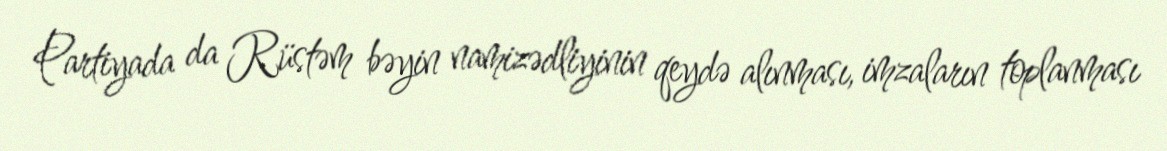
Partiyada da Rüstəm bəyin namizədliyinin qeydə alınması, imzaların toplanması